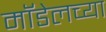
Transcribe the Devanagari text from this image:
मॉडेलच्या